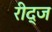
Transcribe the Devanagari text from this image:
रीद्ज